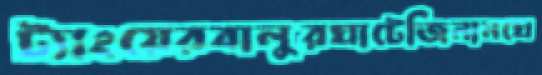
ট্যাংয়েরবালুরঘাটেজিনানঘে